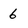
Character: 6